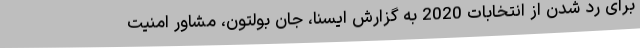
برای رد شدن از انتخابات 2020 به گزارش ایسنا، جان بولتون، مشاور امنیت